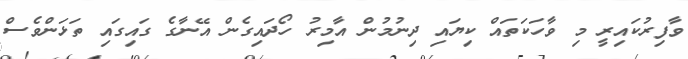
ވާފިރުކައިރީ މި ވާހަކަތައް ކިޔައި ދިނުމުން އާމިރު ހޯދައިގެން އޭނާގެ ގައިގައި ތަޅަންވެސް